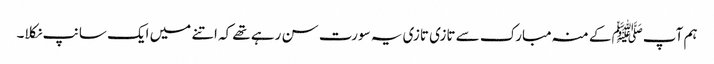
ہم آپﷺ کے منہ مبارک سے تازی تازی یہ سورت سن رہے تھے کہ اتنے میں ایک سانپ نکلا۔